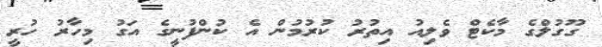
ގޫގުލްގެ މާކެޓް ވެލިއު އިތުރު ކުރުމުން އެ ކުންފުނީގެ އަގު މިހާރު ހުރީ